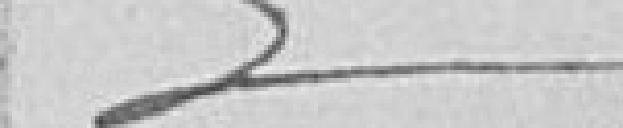
??